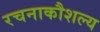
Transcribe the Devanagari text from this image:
रचनाकौशल्य